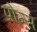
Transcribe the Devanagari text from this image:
प्रोम्स